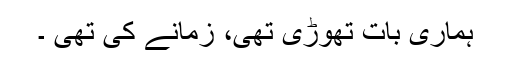
ہماری بات تھوڑی تھی، زمانے کی تھی ۔